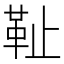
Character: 𩉮